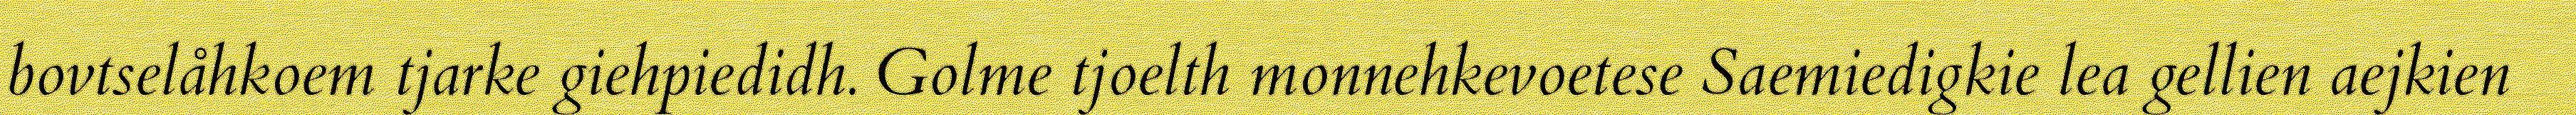
bovtselåhkoem tjarke giehpiedidh. Golme tjoelth monnehkevoetese Saemiedigkie lea gellien aejkien